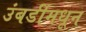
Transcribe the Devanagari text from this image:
उंबर्डीमधून